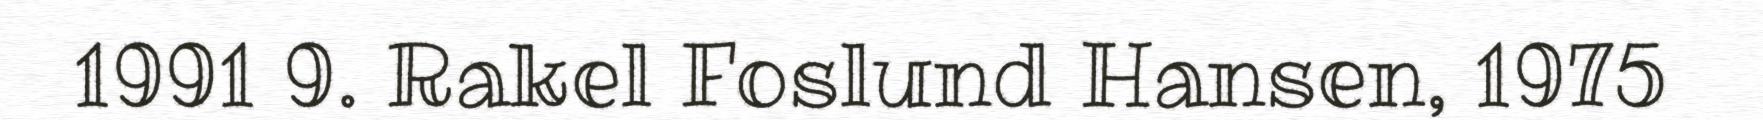
1991 9. Rakel Foslund Hansen, 1975